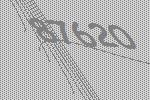
87620